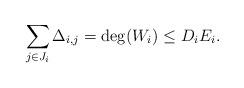
LaTeX: \begin{align*} \sum_{j\in J_{i}}\Delta_{i,j}= \deg(W_{i})\le D_{i}E_{i}. \end{align*}